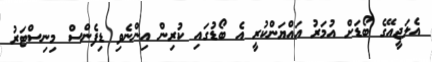
އެލަޖީއޭގެ ބޯޑަށް އުމަރު އައްޔަންކުރީ އެ ބޯޑުގައި ކުރިން އިންނެވި ޑިފެންސް މިނިސްޓަރު